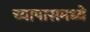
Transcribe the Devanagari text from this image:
च्यापासमध्ये